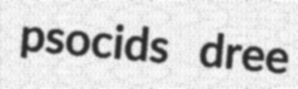
psocids dree